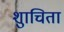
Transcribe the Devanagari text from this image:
शुाचिता